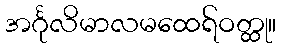
အင်္ဂုလိမာလမထေရ်ဝတ္ထု။